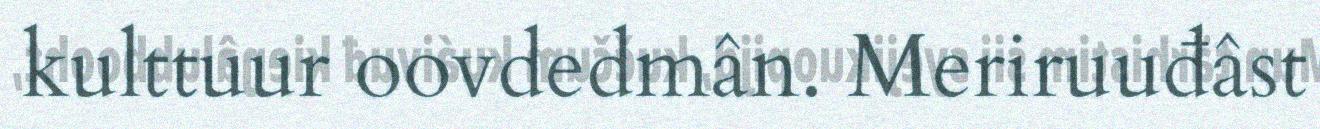
kulttuur oovdedmân. Meriruuđâst